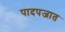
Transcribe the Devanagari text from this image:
पादपजात